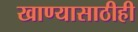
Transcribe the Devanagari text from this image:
खाण्यासाठीही